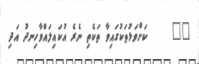
١٠     ކަށްވަޅުތަކުގައިވާ ތަކެތި ނެރެ އުކައިލައްވާހިނދު އަދި